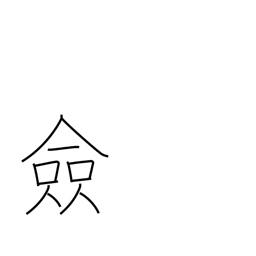
Meaning: all